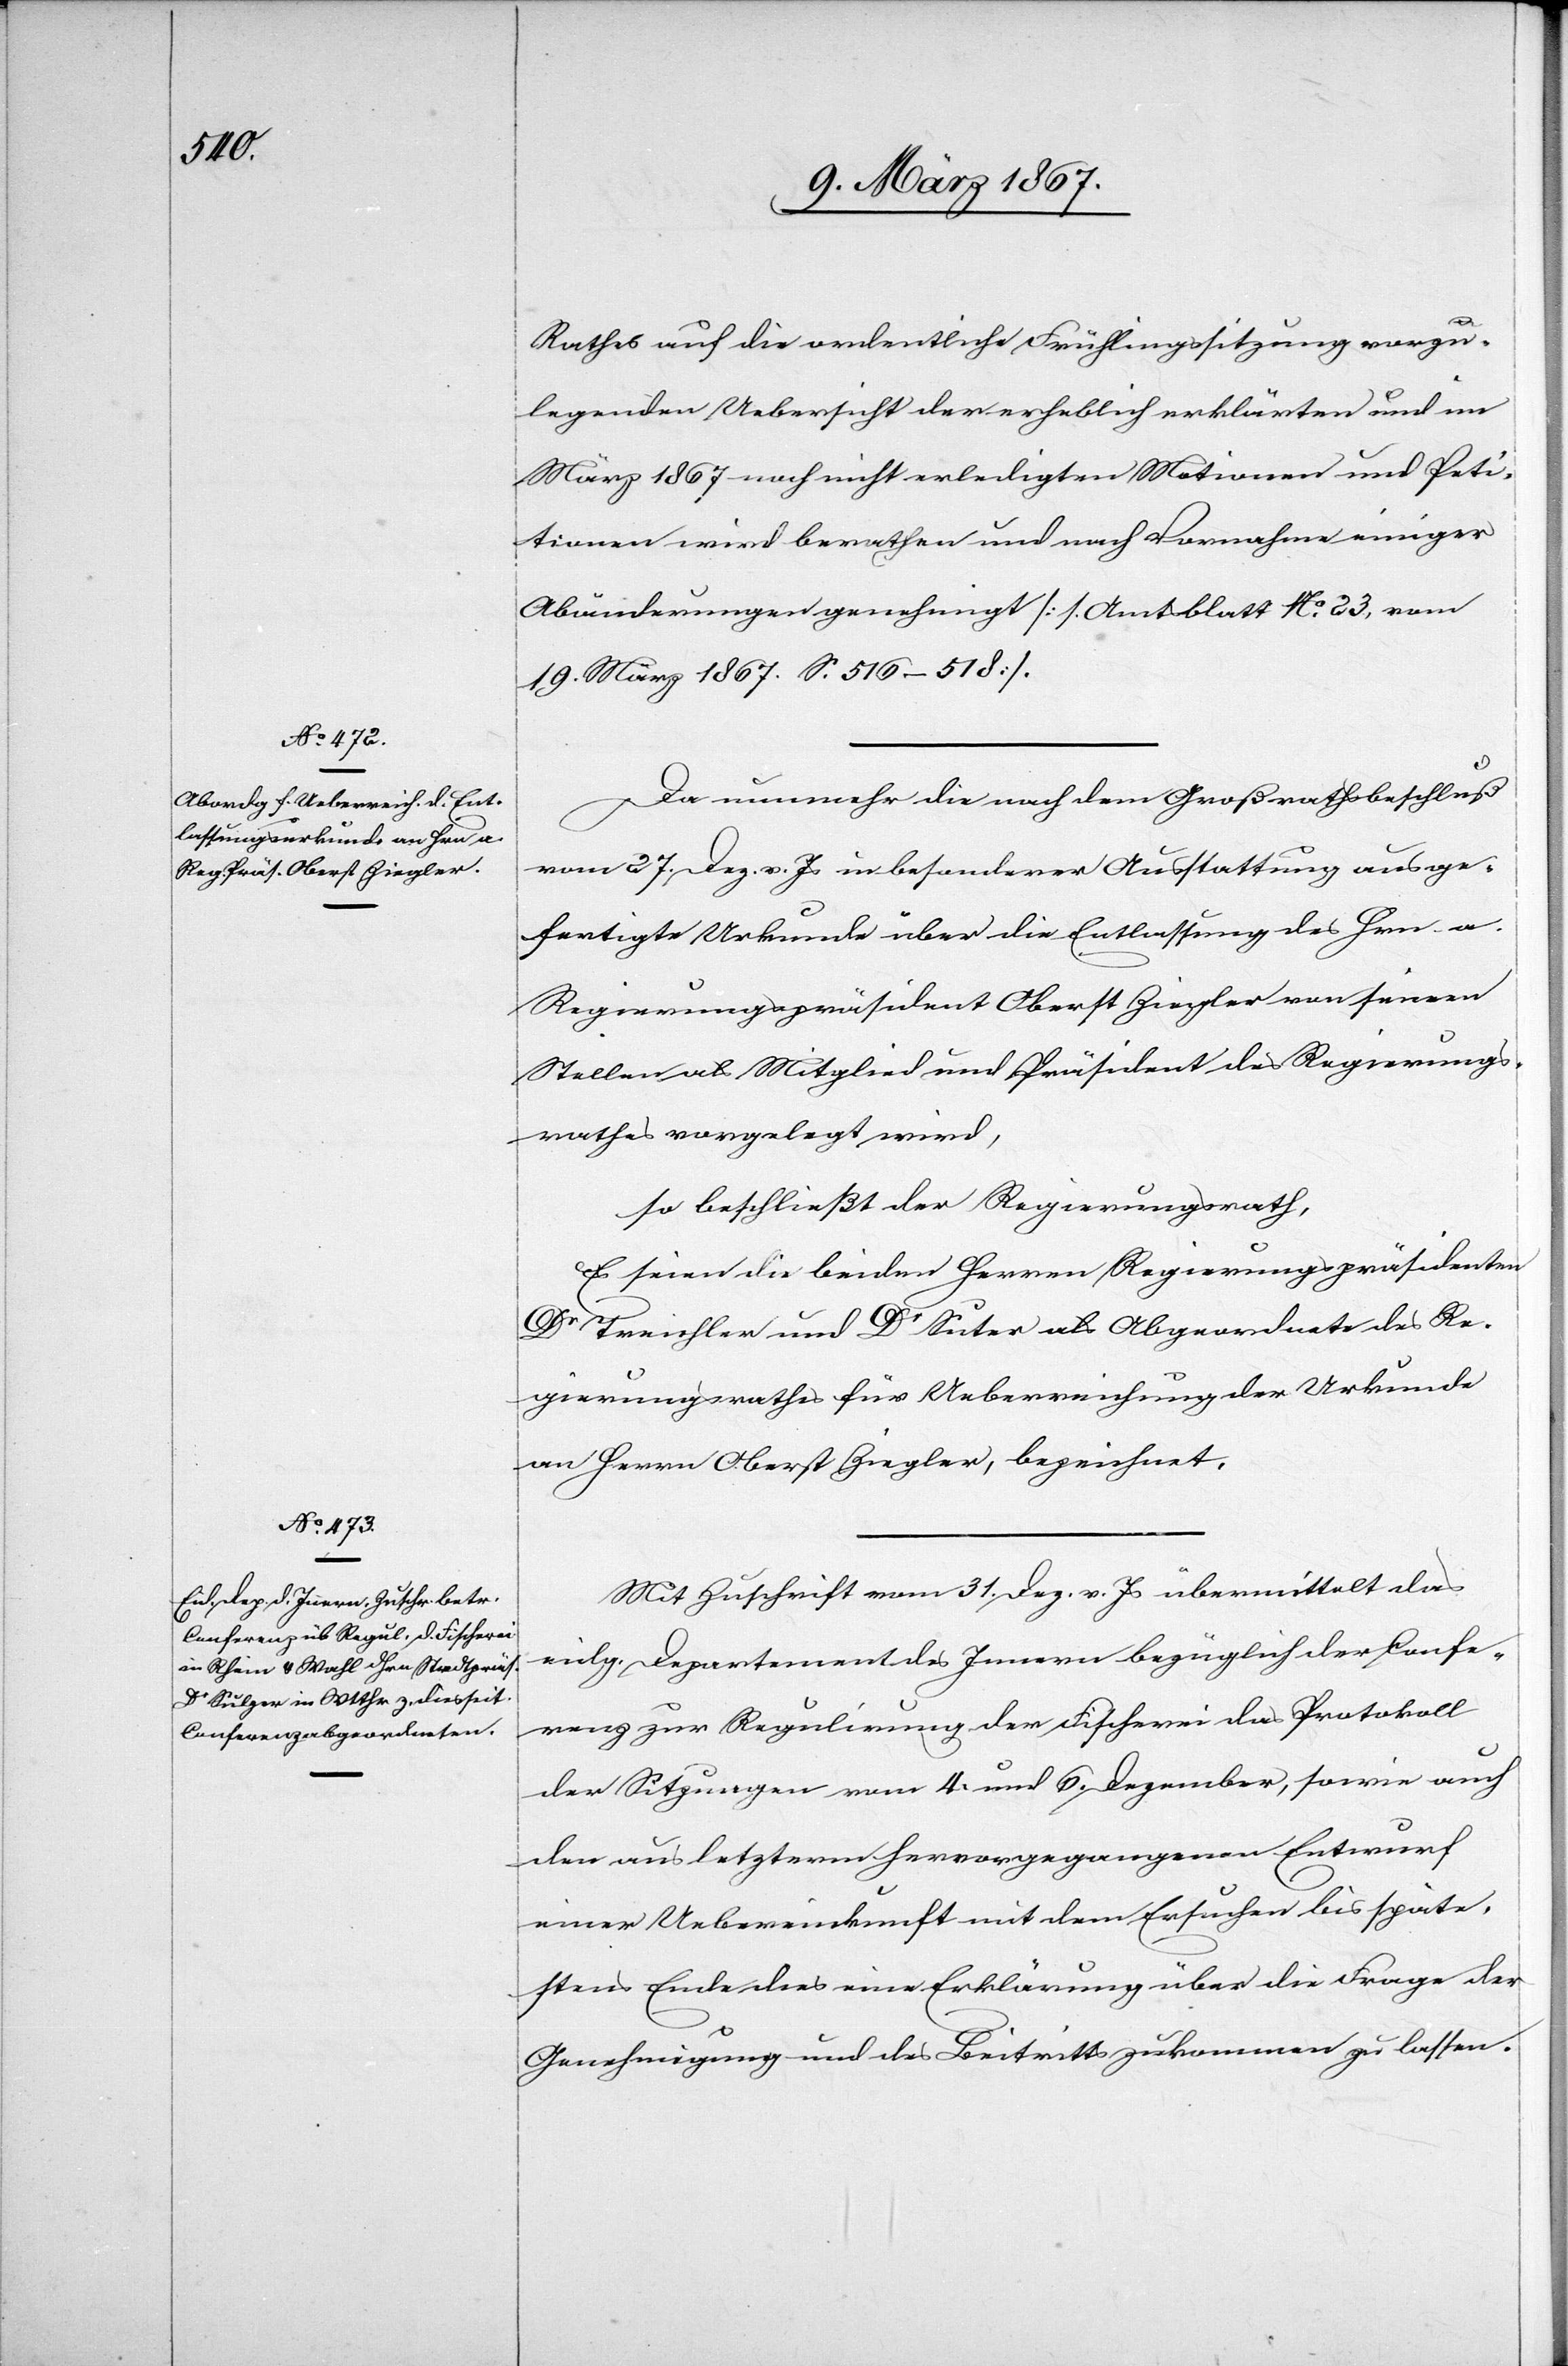
Rathes auf die ordentliche Frühlingssitzung vorzu¬
legenden Uebersicht der erheblich erklärten und im
März 1867 noch nicht erledigten Motionen und Peti¬
tionen wird berathen und nach Vornahme einiger
Abänderungen genehmigt [s. Amtsblatt No. 23, vom
19. März 1867. S. 516–518].
Da nunmehr die nach dem Großrathsbeschluß
vom 27. Dez. v. Js in besonderer Ausstattung ausge¬
fertigte Urkunde über die Entlassung des Hrn. a.
Regierungspräsidenten Oberst Ziegler von seinen
Stellen als Mitglied und Präsident des Regierungs¬
rathes vorgelegt wird,
so beschließt der Regierungsrath,
Es seien die beiden Herren Regierungspräsidenten
Dr Treichler und Dr Suter als Abgeordnete des Re¬
gierungsrathes für Ueberreichung der Urkunde
an Herrn Oberst Ziegler, bezeichnet.
Mit Zuschrift vom 31. Dez. v. Js übermittelt das
eidg. Departement des Innern bezüglich der Confe¬
renz zur Regulirung der Fischerei das Protokoll
der Sitzungen vom 4. und 6. Dezember, sowie auch
den aus letzterm hervorgegangenen Entwurf
einer Uebereinkunft mit dem Ersuchen bis späte¬
stens Ende dies eine Erklärung über die Frage der
Genehmigung und des Beitritts zukommen zu lassen.